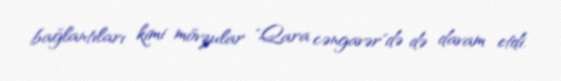
bağlantıları kimi mövzular "Qara cəngavər"də də davam etdi.